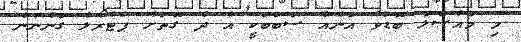
މި މައްސަލަ ބޮޑުވާ އަނެއް ސަބަބަކީ އެ ދެ ގޮތަށް ޕެޓްރޯލް ގަންނަން